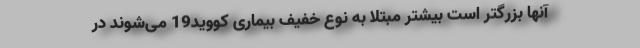
آنها بزرگتر است بیشتر مبتلا به نوع خفیف بیماری کووید19 می‌شوند در